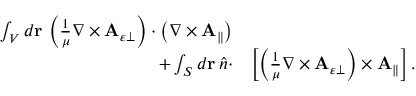
\begin{array} { r l } { \int _ { V } d \mathbf { r } \, \left( \frac { 1 } { \mu } \nabla \times \mathbf { A } _ { \varepsilon \perp } \right) \cdot \left( \nabla \times \mathbf { A } _ { \parallel } \right) } & { } \\ { + \int _ { S } d \mathbf { r } \, \hat { n } \cdot } & { \left[ \left( \frac { 1 } { \mu } \nabla \times \mathbf { A } _ { \varepsilon \perp } \right) \times \mathbf { A } _ { \parallel } \right] . } \end{array}